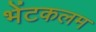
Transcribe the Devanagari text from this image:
भेंटकलम